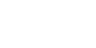
တည်တံ့